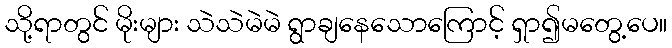
သို့ရာတွင် မိုးများ သဲသဲမဲမဲ ရွာချနေသောကြောင့် ရှာ၍မတွေ့ပေ။